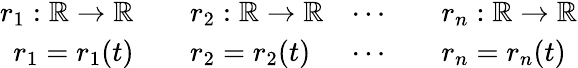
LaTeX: \begin{array}{rlrl}{r_{1}:\mathbb{R}\rightarrow\mathbb{R}}&{{}\quad r_{2}:\mathbb{R}\rightarrow\mathbb{R}}&{\cdots}&{{}\quad r_{n}:\mathbb{R}\rightarrow\mathbb{R}}\\ {r_{1}=r_{1}(t)}&{{}\quad r_{2}=r_{2}(t)}&{\cdots}&{{}\quad r_{n}=r_{n}(t)}\end{array}